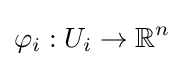
\varphi _{i}:U_{i}\to \mathbb {R} ^{n}